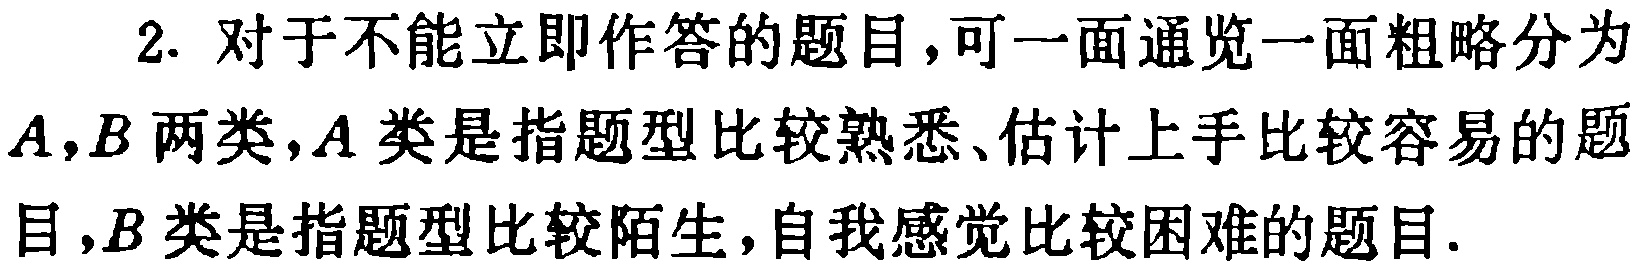
2. 对于不能立即作答的题目，可一面通览一面粗略分为
\(A,B\)两类，\(A\)类是指题型比较熟悉、估计上手比较容易的题
目，\(B\)类是指题型比较陌生，自我感觉比较困难的题目.